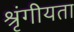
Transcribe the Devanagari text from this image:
श्रृंगीयता